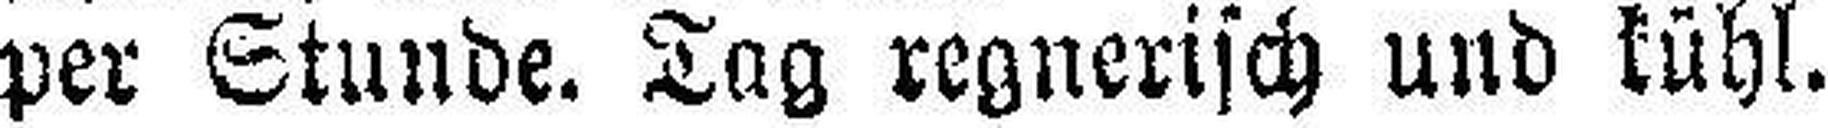
per Stunde. Tag regnerisch und kühl.